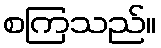
စကြသည်။